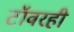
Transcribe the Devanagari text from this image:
टॉवरही